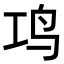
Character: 𬷾